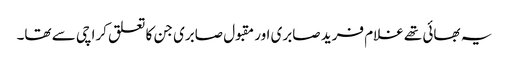
یہ بھائی تھے غلام فرید صابری اور مقبول صابری جن کا تعلق کراچی سے تھا۔